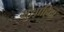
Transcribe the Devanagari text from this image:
मुशाहिदा